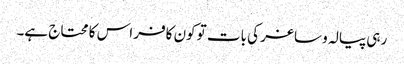
رہی پیالہ و ساغر کی بات تو کون کافر اس کا محتاج ہے۔